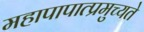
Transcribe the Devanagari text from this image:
महापापात्प्रमुच्यते